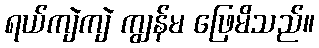
ရယ်ကျဲကျဲ ကျွန်မ ဖြေမိသည်။